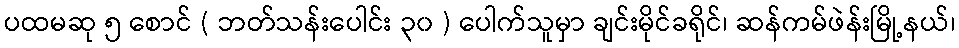
ပထမဆု ၅ စောင် ( ဘတ်သန်းပေါင်း ၃၀ ) ပေါက်သူမှာ ချင်းမိုင်ခရိုင်၊ ဆန်ကမ်ဖဲန်းမြို့နယ်၊